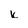
Character: k